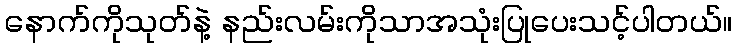
နောက်ကိုသုတ်နဲ့ နည်းလမ်းကိုသာအသုံးပြုပေးသင့်ပါတယ်။